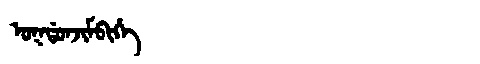
Manchu: ᠣᡴᡩᠣᠨᠵᡳᠮᠪᡳᡥᡝ
Romanization: OKDONJIMBIHE